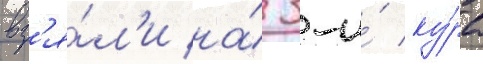
вз'я́л'и на́ 3-и́ ку́рс